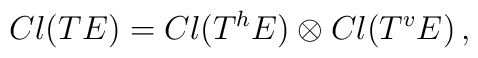
Cl(TE)=Cl(T^hE) \otimes Cl(T^vE) \, ,